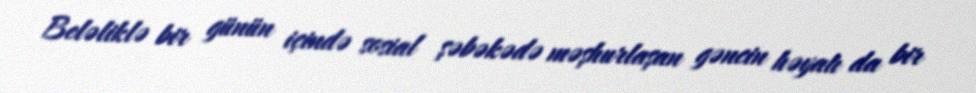
Beləliklə bir günün içində sosial şəbəkədə məşhurlaşan gəncin həyatı da bir